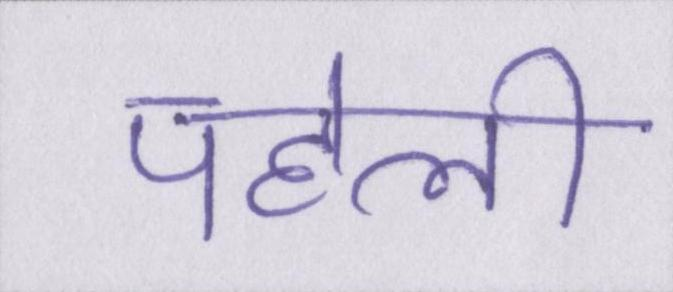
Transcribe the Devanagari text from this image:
पहेली